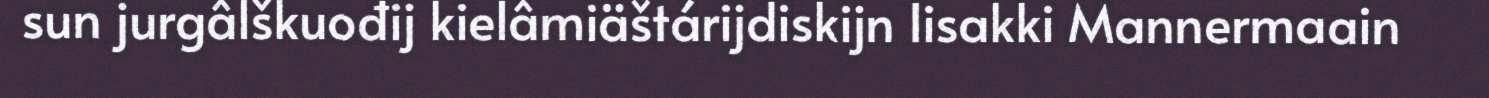
sun jurgâlškuođij kielâmiäštárijdiskijn Iisakki Mannermaain